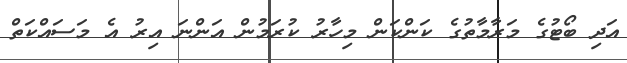
އަދި ބޯޓުގެ މަރާމާތުގެ ކަންކަން މިހާރު ކުރަމުން އަންނަ އިރު އެ މަސައްކަތް